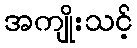
အကျိုးသင့်